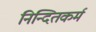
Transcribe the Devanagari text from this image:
निन्दितकर्म